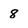
Character: 8